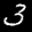
Label: 3